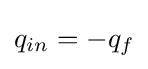
q_{in}=-q_{f}